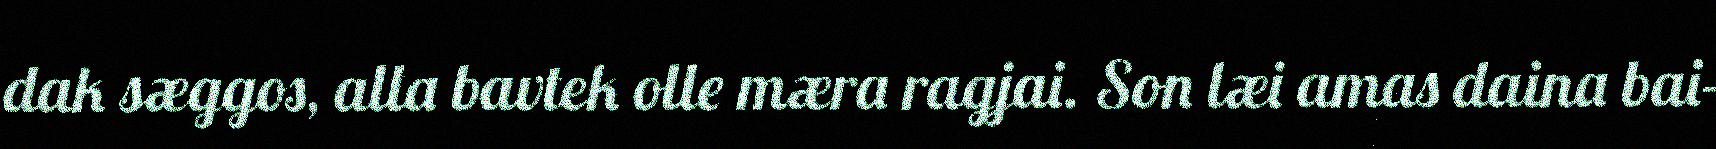
dak sæggos, alla bavtek olle mæra ragjai. Son læi amas daina bai-